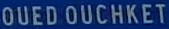
OUEDOUCHKET